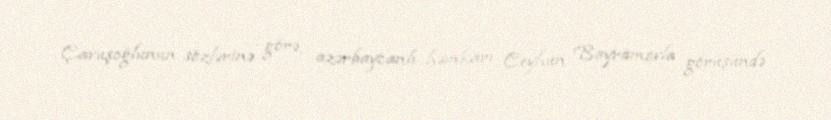
Çavuşoğlunun sözlərinə görə, azərbaycanlı həmkarı Ceyhun Bayramovla görüşündə